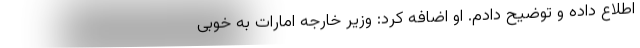
اطلاع داده و توضیح دادم. او اضافه کرد: وزیر خارجه امارات به خوبی